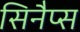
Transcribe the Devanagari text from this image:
सिनैप्स